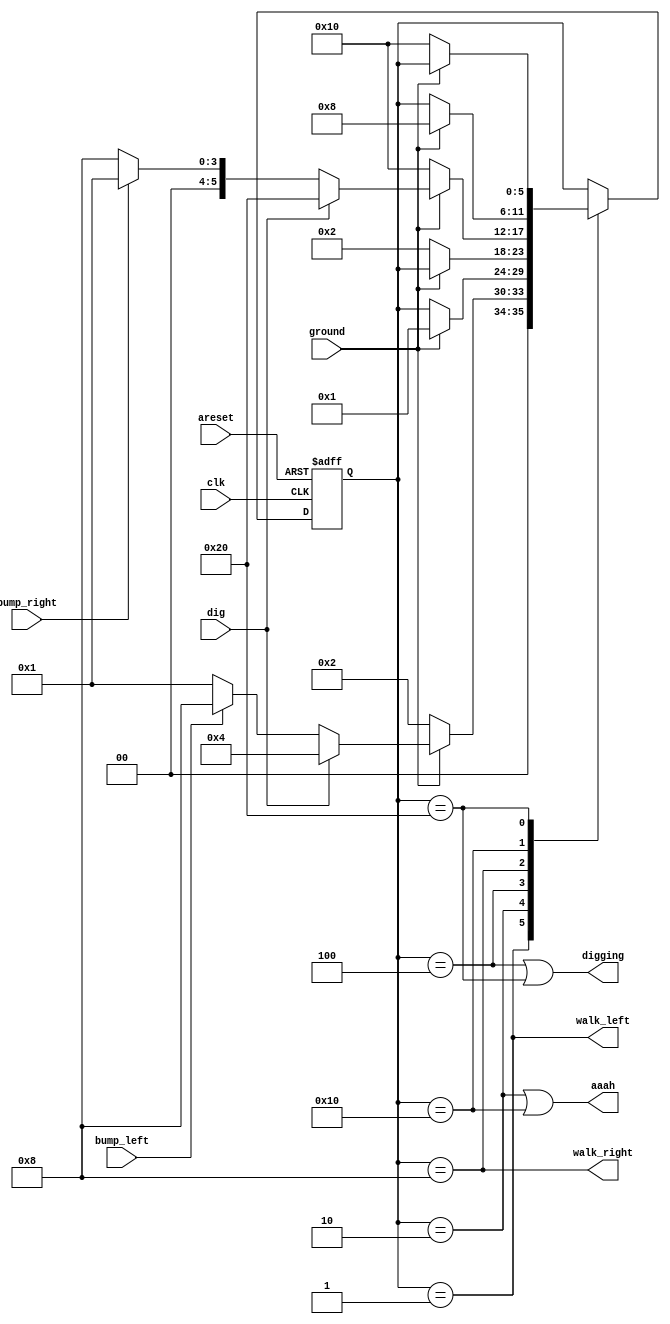
//
//
// https://hdlbits.01xz.net/wiki/Lemmings3
//
//

`default_nettype none

module top_module (
    input           clk,
    input           areset,
    input           bump_left,
    input           bump_right,
    input           ground,
    input           dig,
    output          walk_left,
    output          walk_right,
    output          aaah,
    output          digging
);

    parameter       LEFT        = 6'b000001,
                    LEFT_FALL   = 6'b000010,
                    LEFT_DIG    = 6'b000100,
                    RIGHT       = 6'b001000,
                    RIGHT_FALL  = 6'b010000,
                    RIGHT_DIG   = 6'b100000;

    reg     [5:0]   state;
    reg     [5:0]   next_state;

    always @(*) begin
        case (state)
        LEFT        : next_state = (~ground) ? LEFT_FALL :
                                               (dig) ? LEFT_DIG :
                                                       (bump_left) ? RIGHT : LEFT;
        LEFT_FALL   : next_state = (ground) ? LEFT : state;
        LEFT_DIG    : next_state = (~ground) ? LEFT_FALL : state;
        RIGHT       : next_state = (~ground) ? RIGHT_FALL :
                                               (dig) ? RIGHT_DIG :
                                                       (bump_right) ? LEFT : RIGHT;
        RIGHT_FALL  : next_state = (ground) ? RIGHT : state;
        RIGHT_DIG   : next_state = (~ground) ? RIGHT_FALL : state;

        default     : next_state = state;
        endcase
    end

    always @(posedge clk, posedge areset) begin
        if (areset)
            state <= LEFT;
        else
            state <= next_state;
    end

    assign walk_left = (state == LEFT);
    assign walk_right = (state == RIGHT);
    assign aaah = (state == LEFT_FALL) | (state == RIGHT_FALL);
    assign digging = (state == LEFT_DIG) | (state == RIGHT_DIG);

endmodule